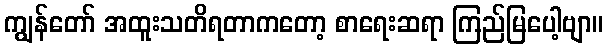
ကျွန်တော် အထူးသတိရတာကတော့ စာရေးဆရာ ကြည်မြပေါ့ဗျာ။